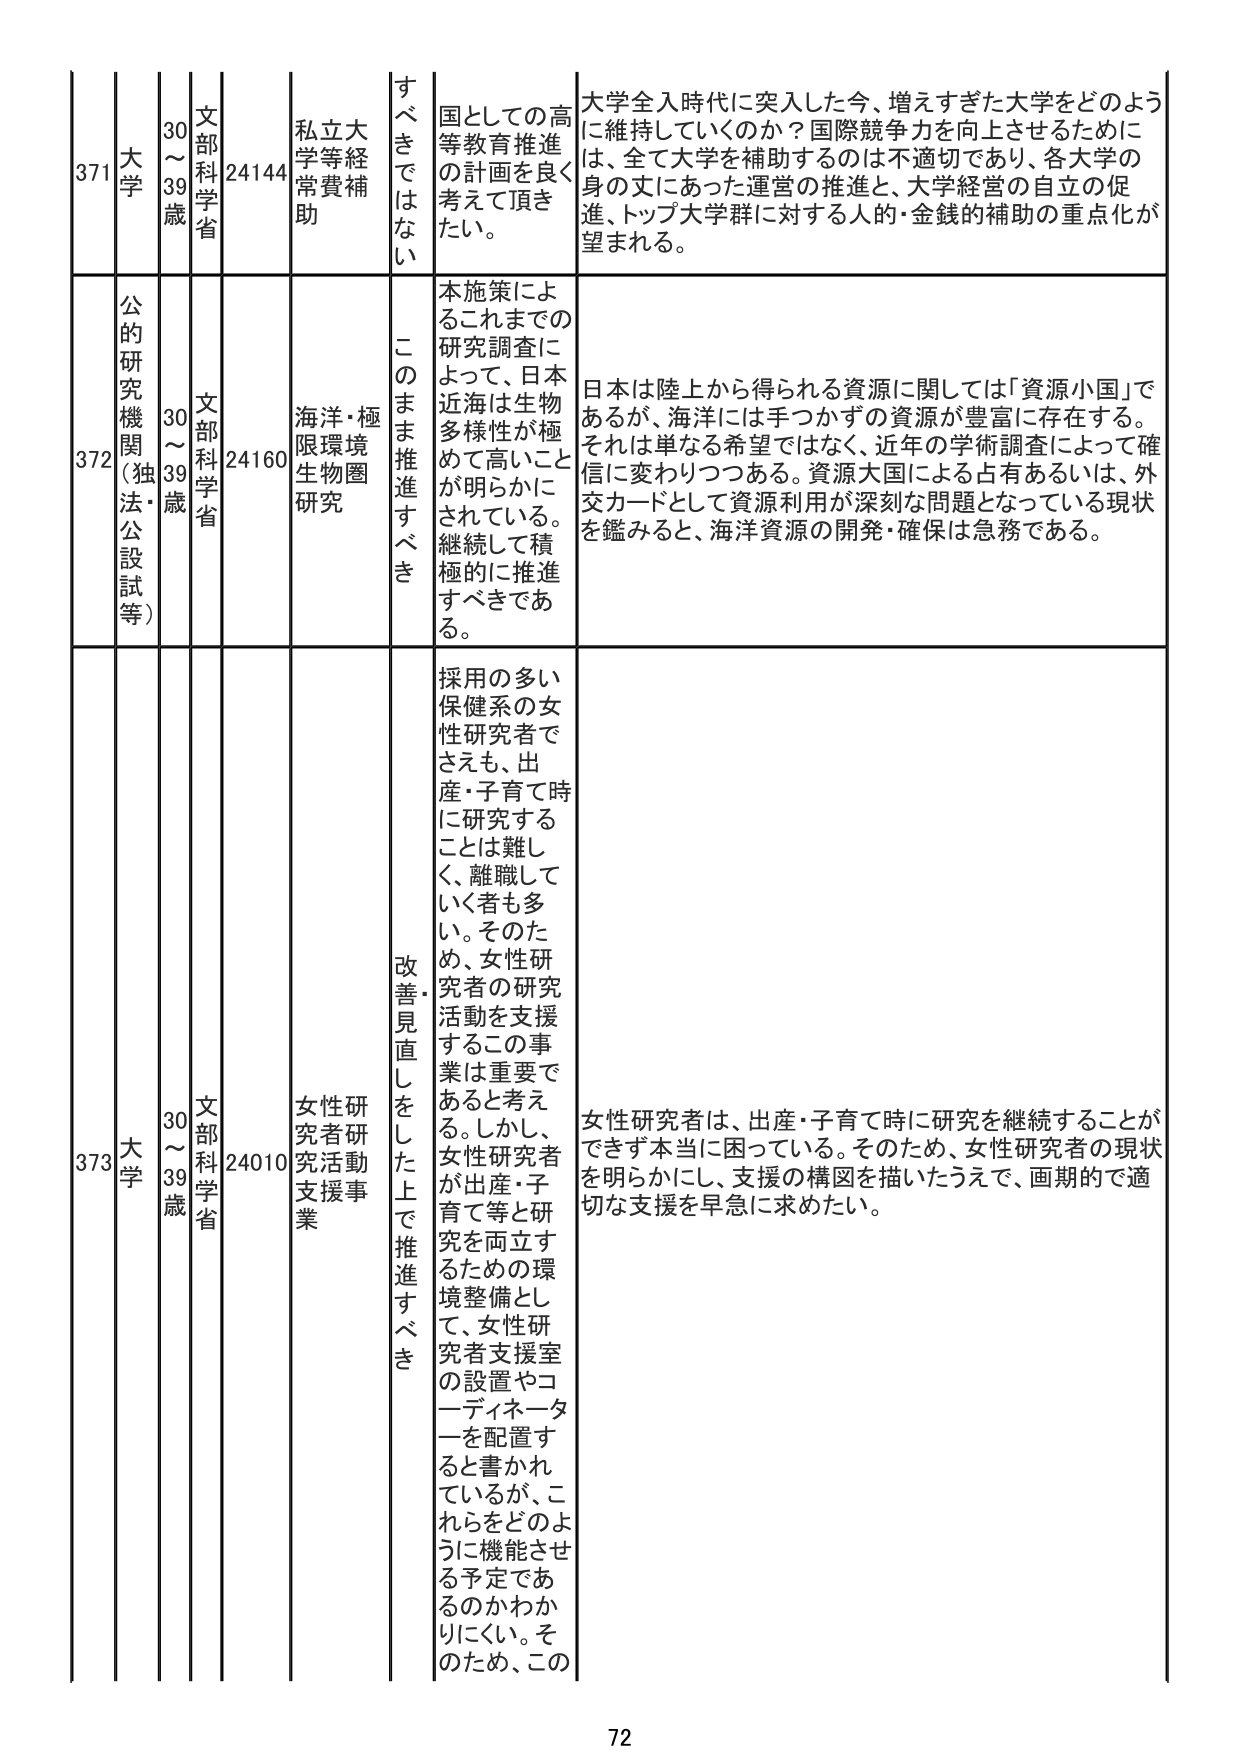
371 大学 30～39歳 文部科学省 24144 私立大学等経常費補助 すべきではない 国としての高等教育推進の計画を良く考えて頂きたい。 大学全入時代に突入した今、増えすぎた大学をどのように維持していくのか？国際競争力を向上させるためには、全て大学を補助するのは不適切であり、各大学の身の丈にあった運営の推進と、大学経営の自立の促進、トップ大学群に対する人的・金銭的補助の重点化が望まれる。

372 公的研究機関（独法・公設試等） 30～39歳 文部科学省 24160 海洋・極限環境生物圏研究 このまま推進すべき 本施策によるこれまでの研究調査によって、日本近海は生物多様性が極めて高いことが明らかにされている。継続して積極的に推進すべきである。 日本は陸上から得られる資源に関しては「資源小国」であるが、海洋には手つかずの資源が豊富に存在する。それは単なる希望ではなく、近年の学術調査によって確信に変わりつつある。資源大国による占有あるいは、外交カードとして資源利用が深刻な問題となっている現状を鑑みると、海洋資源の開発・確保は急務である。

373 大学 30～39歳 文部科学省 24010 女性研究者研究活動支援事業 改善・見直しをした上で推進すべき 採用の多い保健系の女性研究者でさえも、出産・子育て時に研究することは難しく、離職していく者も多い。そのため、女性研究者の研究活動を支援するこの事業は重要であると考える。しかし、女性研究者が出産・子育てと研究を両立するための環境整備として、女性研究者支援室の設置やコーディネーターを配置すると書かれているが、これらをどのように機能させる予定であるのかわかりにくい。そのため、この 女性研究者は、出産・子育て時に研究を継続することができず本当に困っている。そのため、女性研究者の現状を明らかにし、支援の構図を描いたうえで、画期的で適切な支援を早急に求めたい。

72